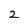
Character: 2